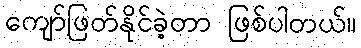
ကျော်ဖြတ်နိုင်ခဲ့တာ ဖြစ်ပါတယ်။